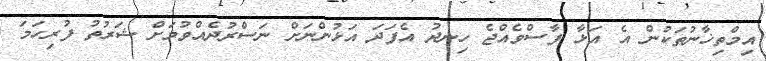
އިމްތިޚާނުތަކުން އެ އަޅާ ފާސްވެއްޖެ ހިނދު އެފަދަ އަޅުންނަށް ނަސްރުދެއްވުމަށް ޝަރުތު ފުރިހަމަ